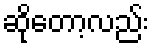
ဆိုတော့လည်း